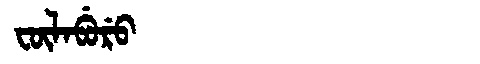
Manchu: ᡶᡡᠯᠠᠪᡠᡵᡠ
Romanization: FŪLABURU